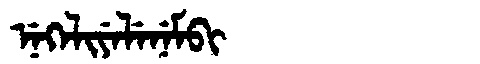
Manchu: ᠨᡝᡴᡝᠯᡳᠶᡝᠯᡝᠨᡝᠮᠪᡳ
Romanization: NEKELIYELENEMBI